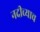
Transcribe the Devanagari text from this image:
नदीच्याच